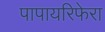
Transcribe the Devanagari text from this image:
पापायरिफेरा